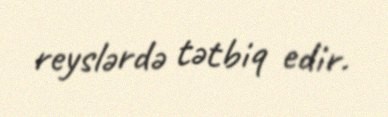
reyslərdə tətbiq edir.